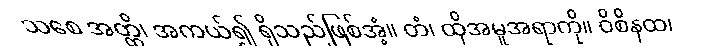
သစေ အတ္ထိ၊ အကယ်၍ ရှိသည်ဖြစ်အံ့။ တံ၊ ထိုအမူအရာကို။ ဝိစိနထ၊